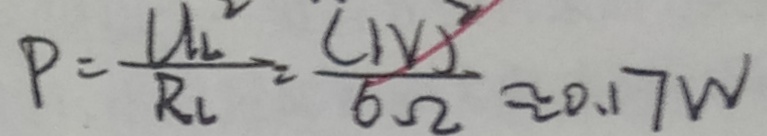
P = \frac { U _ { 2 } ^ { 2 } } { R _ { 2 } } = \frac { ( I V ) ^ { 2 } } { 6 \Omega } \approx 0 . 1 7 W